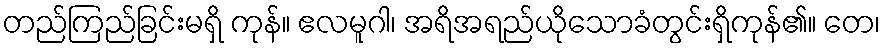
တည်ကြည်ခြင်းမရှိ ကုန်။ ဧလမူဂါ၊ အရိအရည်ယိုသောခံတွင်းရှိကုန်၏။ တေ၊